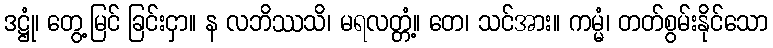
ဒဋ္ဌုံ၊ တွေ့မြင် ခြင်းငှာ။ န လဘိဿသိ၊ မရလတ္တံ့။ တေ၊ သင်အား။ ကမ္မံ၊ တတ်စွမ်းနိုင်သော